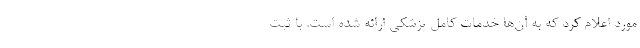
مورد اعلام کرد که به آن‌ها خدمات کامل پزشکی ارائه شده است. با ثبت